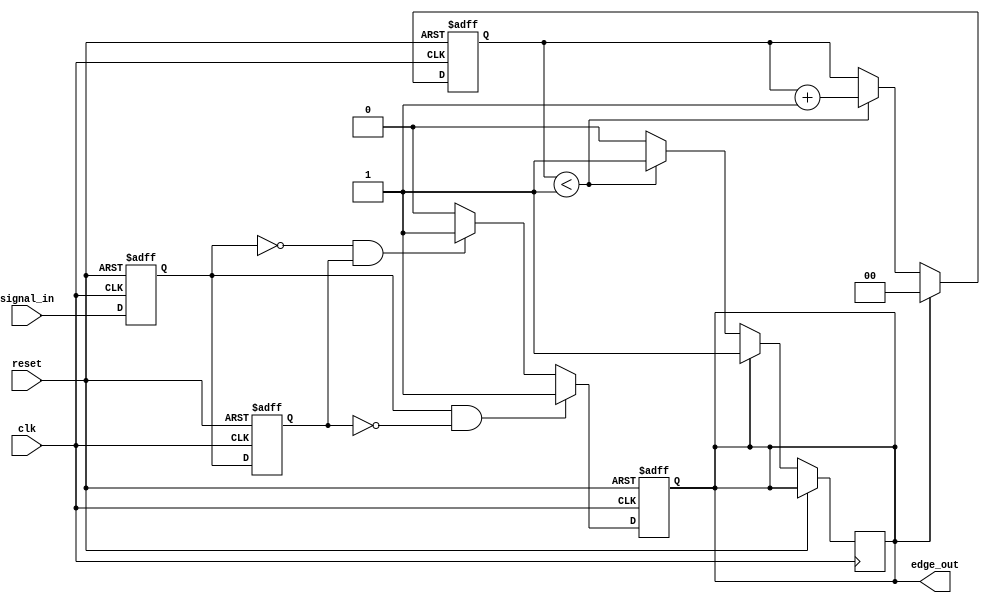
module schmitt_trigger_edge_detector (
    input wire clk,              // Clock signal
    input wire reset,            // Reset signal
    input wire signal_in,        // Input signal to detect edges
    output reg edge_out          // Output pulse for detected edges
);

    // Internal signals for previous and current state
    reg previous_state;          // Previous State Flip-Flop (PSFF)
    reg current_state;           // Current State Flip-Flop (CSFF)

    // Parameters for pulse width (can be adjusted as needed)
    parameter PULSE_WIDTH = 1;   // Pulse width in clock cycles

    // Edge detection logic
    always @(posedge clk or posedge reset) begin
        if (reset) begin
            // Reset the states and output
            previous_state <= 1'b0;
            current_state <= 1'b0;
            edge_out <= 1'b0;
        end else begin
            // Update the previous state to the current state
            previous_state <= current_state;
            // Sample the input signal
            current_state <= signal_in;

            // Edge detection logic
            if (current_state && !previous_state) begin
                // Rising edge detected
                edge_out <= 1'b1; // Generate pulse for rising edge
            end else if (!current_state && previous_state) begin
                // Falling edge detected
                edge_out <= 1'b1; // Generate pulse for falling edge
            end else begin
                // No edge detected
                edge_out <= 1'b0; // Clear output pulse
            end
        end
    end

    // Generate pulse width
    reg [1:0] pulse_counter; // Counter for pulse width

    always @(posedge clk or posedge reset) begin
        if (reset) begin
            pulse_counter <= 2'b00;
        end else if (edge_out) begin
            pulse_counter <= 2'b00; // Reset counter on edge detection
        end else if (pulse_counter < PULSE_WIDTH) begin
            pulse_counter <= pulse_counter + 1;
            edge_out <= 1'b1; // Maintain pulse during the width
        end else begin
            edge_out <= 1'b0; // Clear pulse after width
        end
    end

endmodule